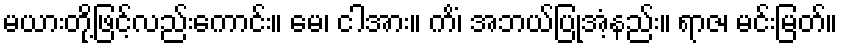
မယားတို့ဖြင့်လည်းကောင်း။ မေ၊ ငါအား။ ကိံ၊ အဘယ်ပြုအံ့နည်း။ ရာဇ၊ မင်းမြတ်။